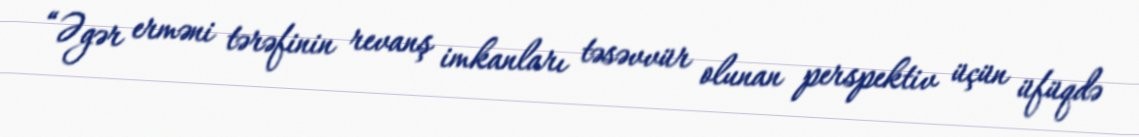
“Əgər erməni tərəfinin revanş imkanları təsəvvür olunan perspektiv üçün üfüqdə